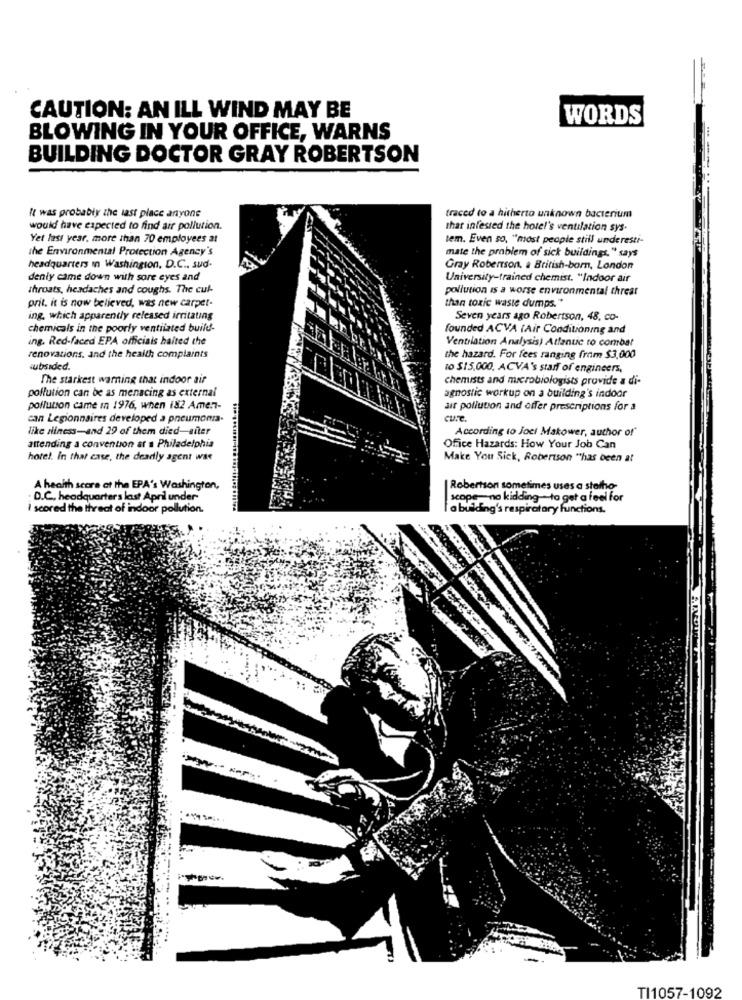
CAUTION: AN ILL WIND MAY BE
WORDS
BLOWING IN YOUR OFFICE, WARNS
BUILDING DOCTOR GRAY ROBERTSON
-----
It was probably the last place anyone
traced to a hitherto unknown bacterium
would have expected to find air pollution.
thar infested the hotel's ventilation sys.
Yet last year, more than 70 employees at
tem. Even so, "most people still underesti-
the Environmental Protection Agency's
mate the problem of sick buildings." says
headquarters in Washington, D.C ., sud-
Gray Robertson, a British-born, London
deniy came down with sore eyes and
University-trained chemist. "Indoor air
throats, headaches and coughs. The cul-
pollution is a worse environmental threat
prit. it is now believed, was new carpet-
than toxic waste dumps."
ing, which apparently released irritating
Seven years ago Robertson, 48, co-
chemicals in the poorly ventilated build-
founded ACVA (Air Conditioning and
ing. Red-faced EPA officials halted the
Ventilation Analysis) Atlantic to combat
renovations, and the health complaints
the hazard. For fees ranging from $3,000
subsided.
10 $15,000, ACVA's staff of engineers,
The starkest warning that indoor air
chemists and microbiologists provide a di-
pollution can be as menacing as external
agnostic workup on a building's indoor
pollution came in 1976, when i82 Amen-
air pollution and offer prescriptions for a
can Legionnaires developed a pneumonia-
like diiness-and 29 of them died-after
According to Joci Makower, author of"
attending a convention at a Philadelphia
Office Hazards: How Your Job Can
hotel. In that case, the deadly agent was
Make You Sick, Robertson ""has been at
A health score at the EPA's Washington,
Robertson sometimes uses a stolho-
: D.C ., headquarters last April under"
scope no kidding- to get a feel for
I scored the threat of indoor pollution.
a building's respiratory Functions.
TI1057-1092